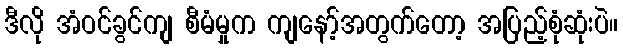
ဒီလို အံဝင်ခွင်ကျ စီမံမှုက ကျနော့်အတွက်တော့ အပြည့်စုံဆုံးပဲ။